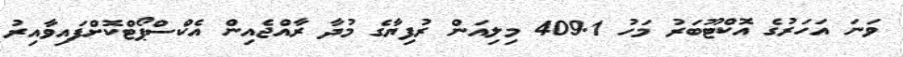
ވަނަ އަހަރުގެ އޮކްޓޫބަރު މަހު 409.1 މިލިއަން ރުފިޔާގެ މުދާ ރާއްޖެއިން އެކްސްޕޯޓްކޮށްފައިވާއިރު